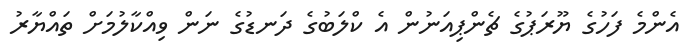
އެންމެ ފަހުގެ ޔޫރަޕުގެ ޗެންޕިއަނުން އެ ކްލަބުގެ ދަނޑުގެ ނަން ވިއްކާލުމަށް ތައްޔާރު